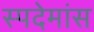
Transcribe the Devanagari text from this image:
स्पदेमांस